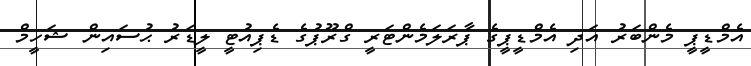
އެމްޑީޕީ މެންބަރު އަދި އެމްޑީޕީގެ ޕާރަލަމެންޓަރީ ގްރޫޕުގެ ޑެޕިއުޓީ ލީޑަރު ޙުސައިން ޝަހީމް